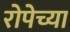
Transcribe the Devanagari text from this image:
रोपेच्या